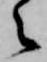
之